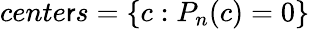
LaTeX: cente\mathsf{r}s=\{ c:P_{n}(c)=0\}